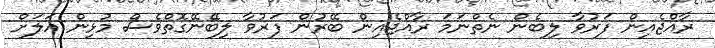
ރާއްޖެއިން ފަރުވާ ލިބެން ނެތްނަމަ ރާއްޖެއިން ބޭރުން ފަރުވާ ލިބޭނޭގޮތްވެސް މުޅިން އަލަށް